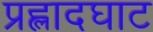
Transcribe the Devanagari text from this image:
प्रह्लादघाट